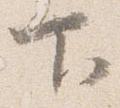
下